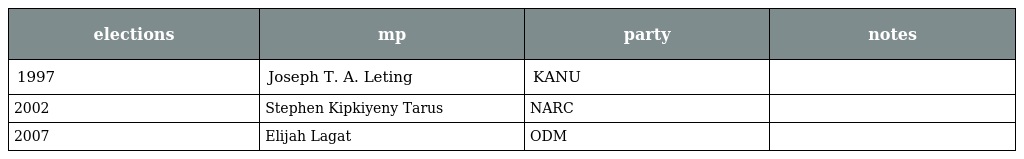
| elections | mp | party | notes |
 | --- | --- | --- | --- |
 | 1997 | Joseph T. A. Leting | KANU |  |
 | 2002 | Stephen Kipkiyeny Tarus | NARC |  |
 | 2007 | Elijah Lagat | ODM |  |